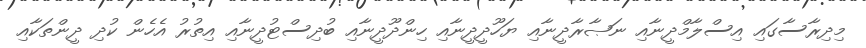
މިދިރާސާގައި އިސްލާމްދީނާއި ނަޞާރާދީނާއި ޔަހޫދީދީނާއި ހިންދޫދީނާއި ބުދިސްޓުދީނާއި އިތުރު އެހެން ކުދި ދީންތަކާއި